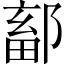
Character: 鄐